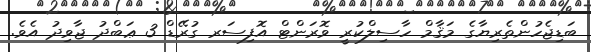
ބަޑިޖެހުންތެރިޔާގެ މަޤާމް ހާސިލްކުރީ ވޮރަންޓް އޮފިސަރ ގުރޭޑް 3 ޢަބްދު ޖާވިދު އެވެ.